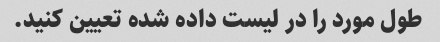
طول مورد را در لیست داده شده تعیین کنید.